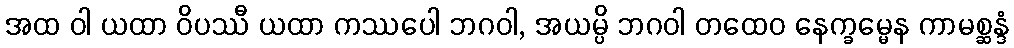
အထ ဝါ ယထာ ဝိပဿီ ယထာ ကဿပေါ ဘဂဝါ, အယမ္ပိ ဘဂဝါ တထေဝ နေက္ခမ္မေန ကာမစ္ဆန္ဒံ